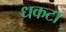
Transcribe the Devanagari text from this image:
धकटा